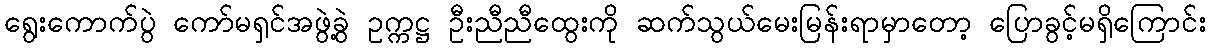
ရွေးကောက်ပွဲ ကော်မရှင်အဖွဲ့ခွဲ ဥက္ကဋ္ဌ ဦးညီညီထွေးကို ဆက်သွယ်မေးမြန်းရာမှာတော့ ပြောခွင့်မရှိကြောင်း